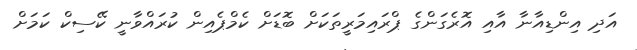
އަދި އިންޑިއާނާ އާއި އޮރެގަންގެ ޕްރައިމަރީތަކަށް ބޮޑަށް ކެމްޕެއިން ކުރައްވާނީ ކޭސިކް ކަމަށް